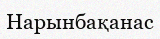
Нарынбақанас